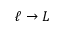
\ell \rightarrow L